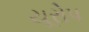
યૂરોપ